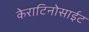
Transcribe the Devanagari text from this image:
केराटिनोसाईट